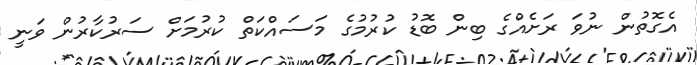
އެގޮތުން ނުވަ ރަށެއްގެ ބިން ބޮޑު ކުރުމުގެ މަސައްކަތް ކުރުމަށް ސަރުކާރުން ވަނީ